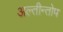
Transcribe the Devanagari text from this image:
अल्तीन्तोप